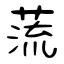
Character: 蓅